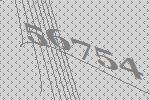
56754